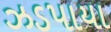
ઝડપાયા